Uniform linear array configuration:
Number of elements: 24
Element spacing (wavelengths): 0.5
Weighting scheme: blackman
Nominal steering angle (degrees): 15
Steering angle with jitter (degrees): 16.033
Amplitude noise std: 0.05
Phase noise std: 0.05

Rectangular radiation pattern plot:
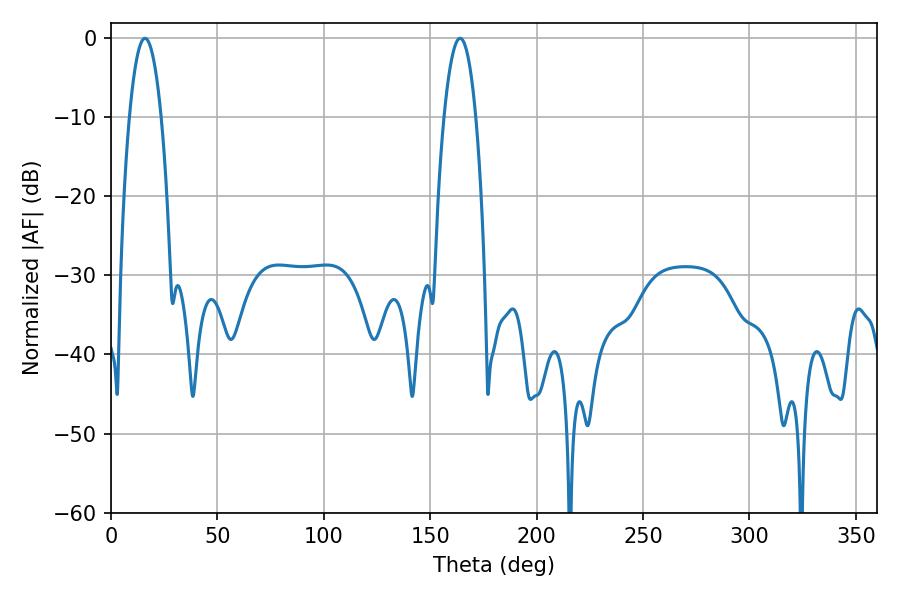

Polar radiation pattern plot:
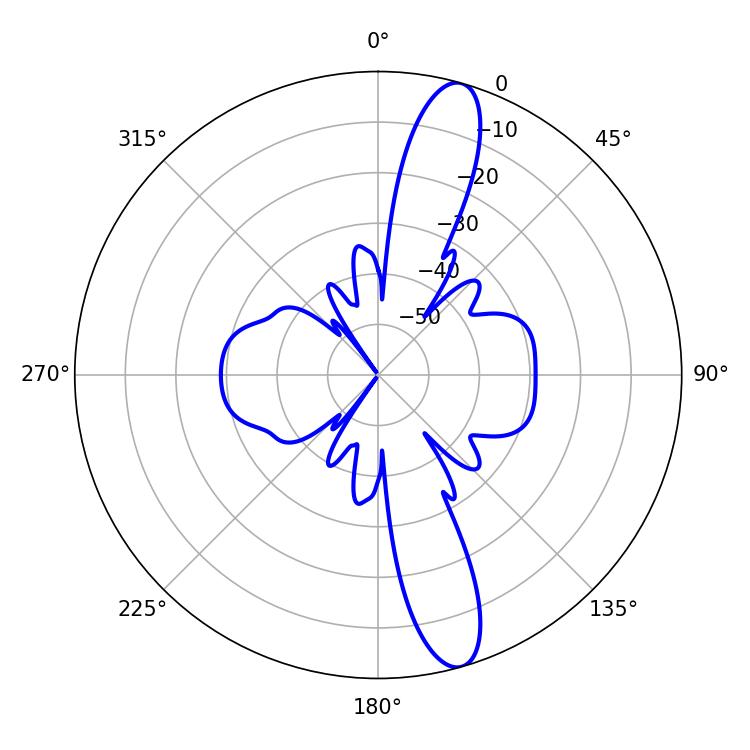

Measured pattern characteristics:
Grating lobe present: FALSE
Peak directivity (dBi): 13.687
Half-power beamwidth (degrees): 8.28
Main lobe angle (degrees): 16.02